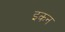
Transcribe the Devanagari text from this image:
इकन